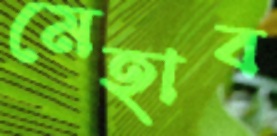
মেহাব